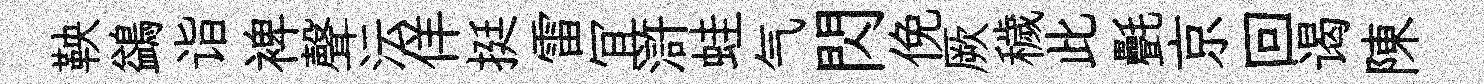
鞅鷁诣裨聲沄佯挺雷冝滸蛙气閃俛厥穢此㲲京回谒陳